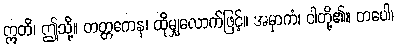
ဣတိ၊ ဤသို့။ တတ္တကေန၊ ထိုမျှလောက်ဖြင့်။ အမှာကံ၊ ငါတို့၏။ တပေါ၊